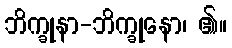
ဘိက္ခုနာ-ဘိက္ခုနော၊ ၏။